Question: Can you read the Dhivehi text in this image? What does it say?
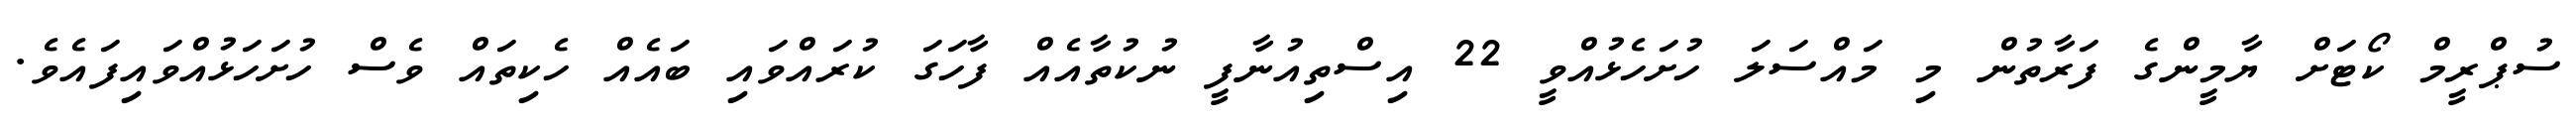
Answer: ސުޕްރީމް ކޯޓަށް ޔާމީންގެ ފަރާތުން މި މައްސަލަ ހުށަހެޅުއްވީ 22 އިސްތިއުނާފީ ނުކުތާއެއް ފާހަގަ ކުރައްވައި ބައެއް ހެކިތައް ވެސް ހުށަހަޅުއްވައިފައެވެ.